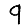
Digit: 9